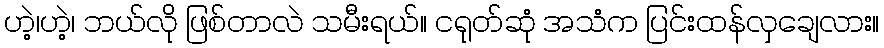
ဟဲ့၊ဟဲ့၊ ဘယ်လို ဖြစ်တာလဲ သမီးရယ်။ ငရုတ်ဆုံ အသံက ပြင်းထန်လှချေလား။